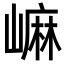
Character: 𡻥